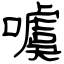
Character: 噳